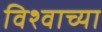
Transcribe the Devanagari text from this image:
विश्‍वाच्‍या